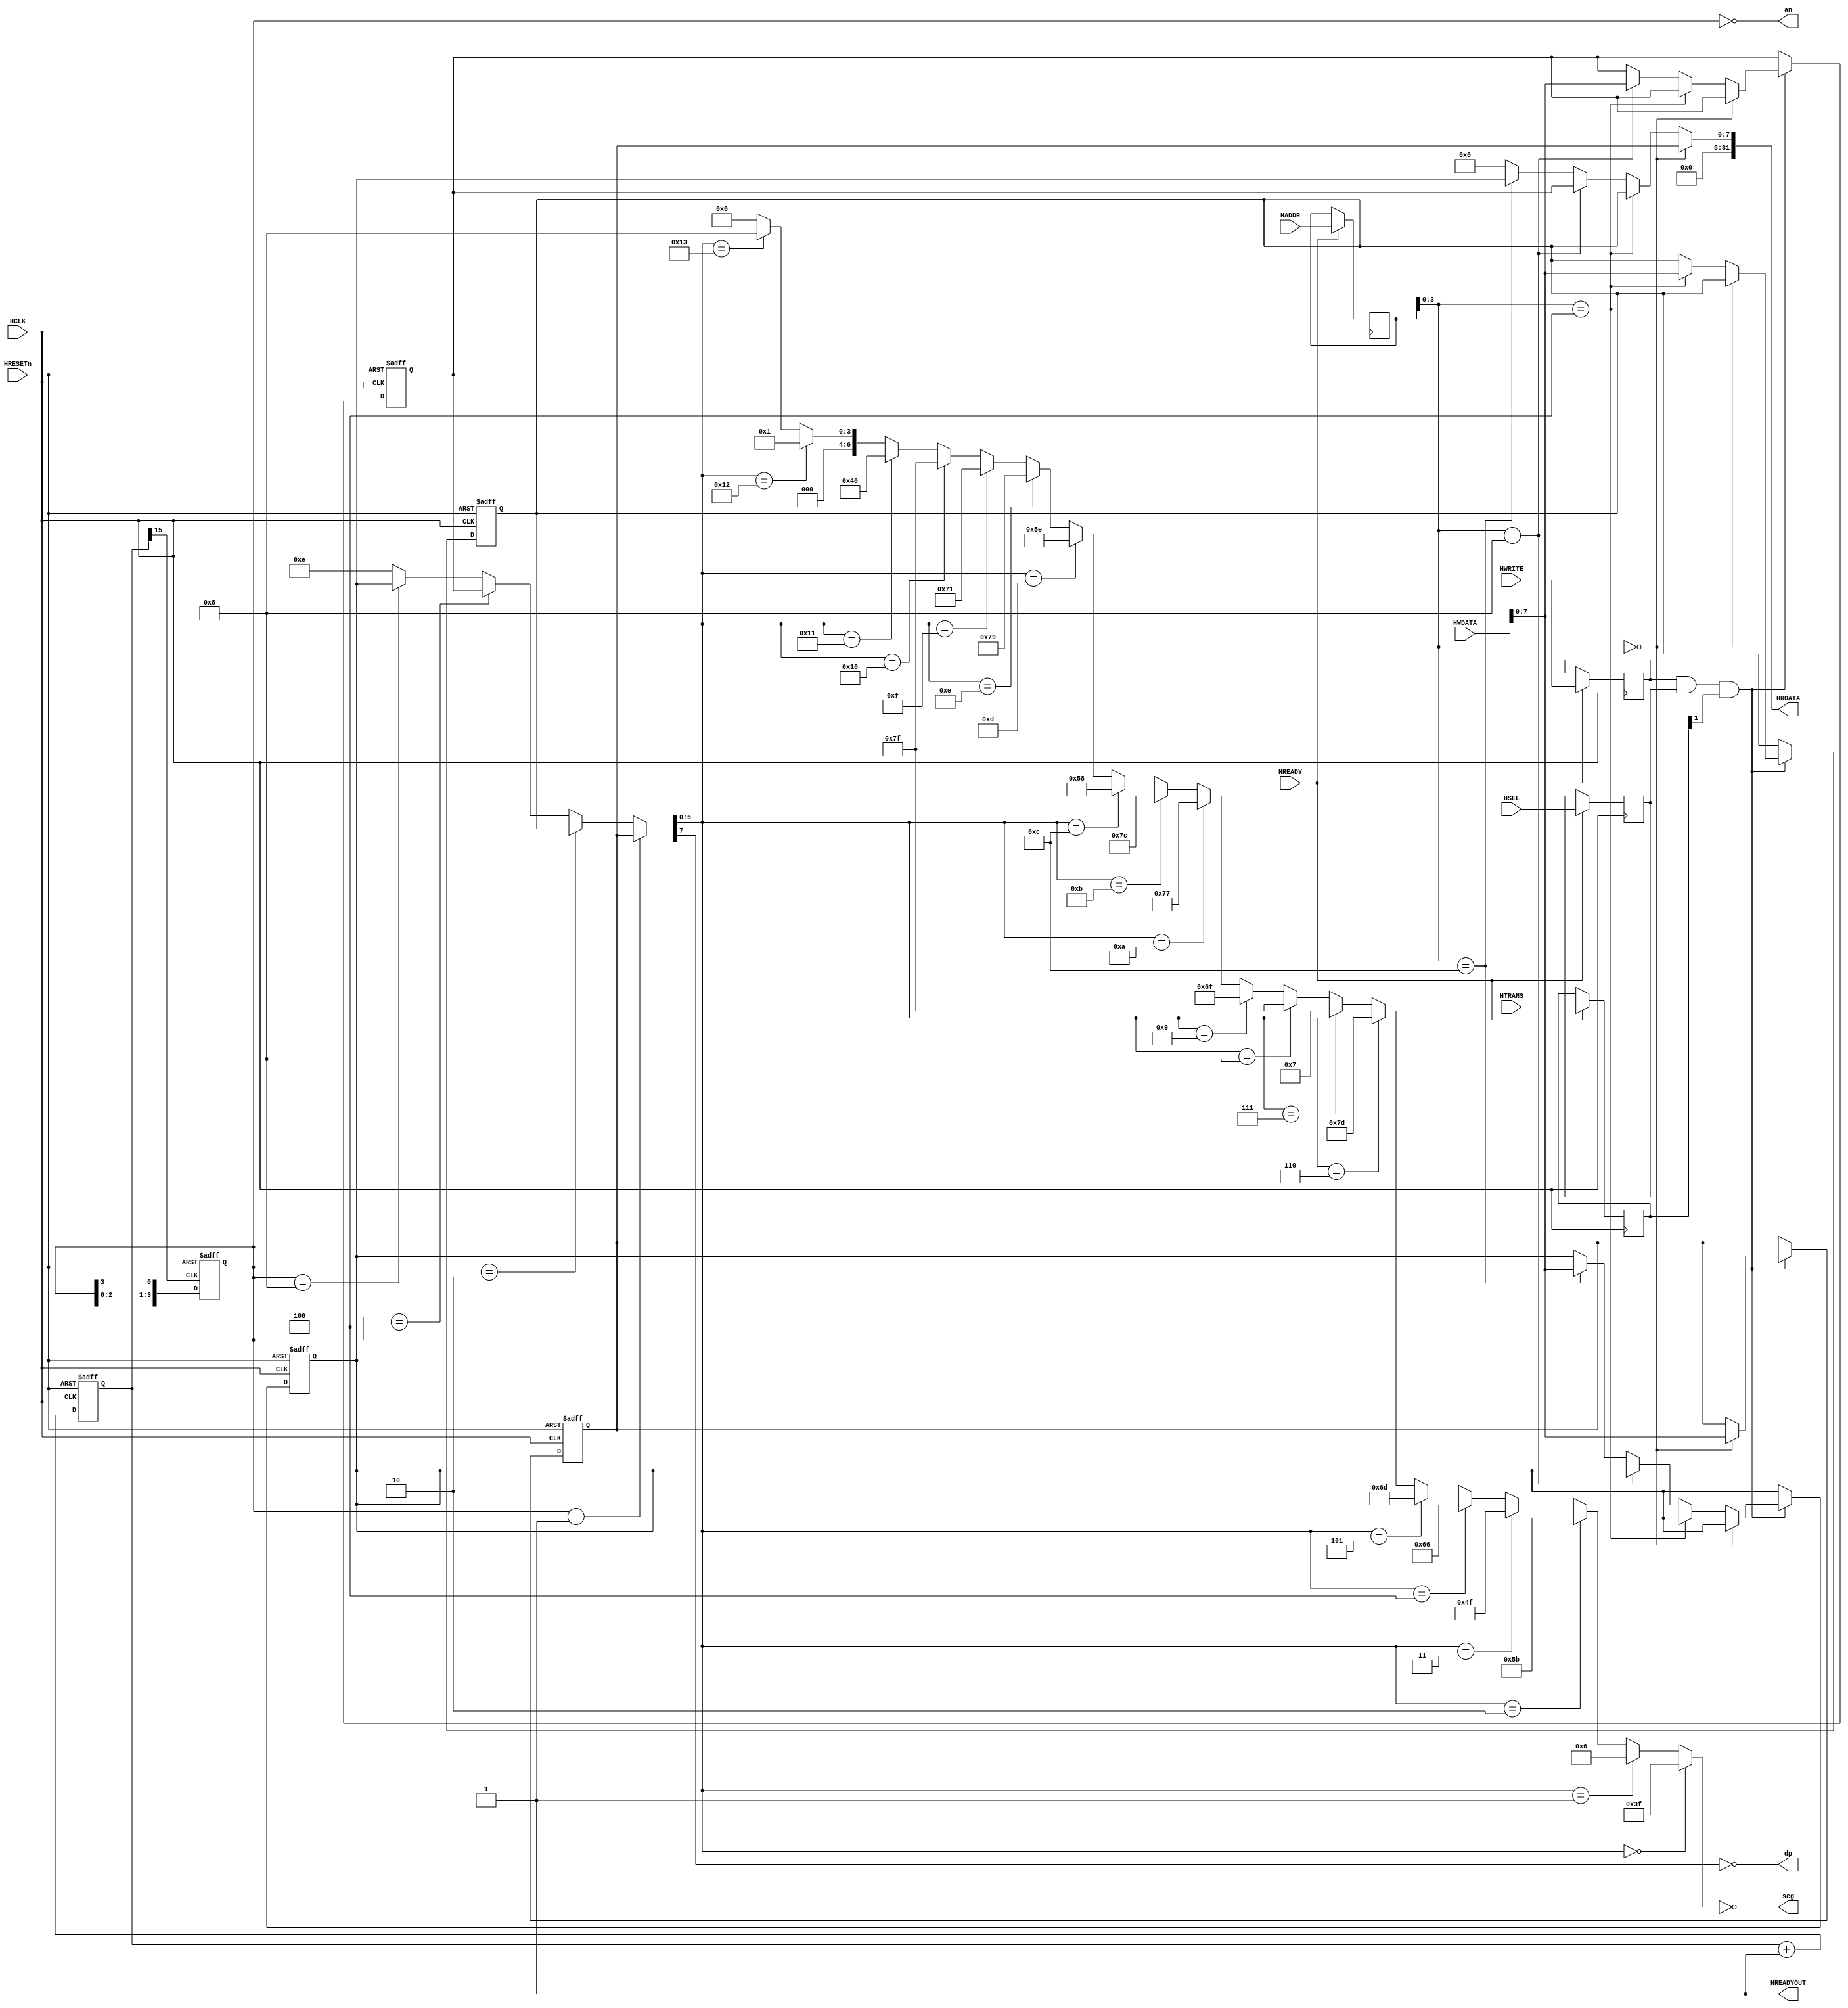
module AHB7SEGDEC(

	//Input
  input wire HCLK,
  input wire HRESETn,
  input wire [31:0] HADDR,
  input wire [31:0] HWDATA,
  input wire [1:0] HTRANS,
  input wire HWRITE,
  input wire HSEL,
  input wire HREADY,
 
	//Output
  output [31:0] HRDATA,
  output HREADYOUT,

	//7segment displa
  output [6:0] seg,
  output [3:0] an,
  output dp
  );

  localparam [3:0] DIGIT1_ADDR = 4'h0;
  localparam [3:0] DIGIT2_ADDR = 4'h4;
  localparam [3:0] DIGIT3_ADDR = 4'h8;
  localparam [3:0] DIGIT4_ADDR = 4'hC;


  reg last_HWRITE;
  reg [31:0] last_HADDR;
  reg last_HSEL;
  reg [1:0] last_HTRANS;

  reg [7:0] DIGIT1 = 8'hA;
  reg [7:0] DIGIT2 = 8'hB;
  reg [7:0] DIGIT3 = 8'hC; 
  reg [7:0] DIGIT4 = 8'hD;

  assign HREADYOUT = 1'b1; //Always ready

  always @(posedge HCLK)
    if(HREADY)
      begin
        last_HWRITE <= HWRITE;
        last_HSEL <= HSEL;
        last_HADDR <= HADDR;
        last_HTRANS <= HTRANS;
      end

  always @(posedge HCLK, negedge HRESETn)
  begin
    if(!HRESETn)
	 begin
      DIGIT1 <= 7'b0_0101;
		DIGIT2 <= 7'b0_1110;
		DIGIT3 <= 7'b0_0000;
		DIGIT4 <= 7'b0_0001;
	 end
    else if(last_HWRITE & last_HSEL & last_HTRANS[1])
	 begin
		if(last_HADDR[3:0] == DIGIT1_ADDR)
        	DIGIT1 <= HWDATA[7:0];
		else if(last_HADDR[3:0] == DIGIT2_ADDR)
			DIGIT2 <= HWDATA[7:0];
		else if(last_HADDR[3:0] == DIGIT3_ADDR)
			DIGIT3 <= HWDATA[7:0];
		else if(last_HADDR[3:0] == DIGIT4_ADDR)
			DIGIT4 <= HWDATA[7:0];
	 end
	end
	 
  assign HRDATA = (last_HADDR[3:0] == DIGIT1_ADDR) ? {24'h000_0000,DIGIT1} :
                  (last_HADDR[3:0] == DIGIT2_ADDR) ? {24'h000_0000,DIGIT2} :
                  (last_HADDR[3:0] == DIGIT3_ADDR) ? {24'h000_0000,DIGIT3} :
                  (last_HADDR[3:0] == DIGIT4_ADDR) ? {24'h000_0000,DIGIT4} :
                   32'h0000_0000;


  reg [31:0] counter;
  reg [3:0] ring = 4'b0001;

  wire [7:0] code;
  wire [6:0] seg_out;
  assign seg = ~seg_out;
  assign an = ~ring;

  always @(posedge HCLK or negedge HRESETn)
  begin
	if(!HRESETn)
		counter <= 32'h0000_0000;
	else
		counter <= counter + 1'b1;
  end

  always @(posedge counter[15] or negedge HRESETn)
  begin
	if(!HRESETn)
		ring <= 4'b0001;
	else
		ring <= {ring[2:0],ring[3]};
  end

  assign code =
	(ring == 4'b0001) ? DIGIT1[7:0] :
	(ring == 4'b0010) ? DIGIT2[7:0] :
	(ring == 4'b0100) ? DIGIT3[7:0] :
	(ring == 4'b1000) ? DIGIT4[7:0] :
		4'b1_1110;
		
	assign dp = ~code[7];

parameter A      = 7'b0000001;
parameter B      = 7'b0000010;
parameter C      = 7'b0000100;
parameter D      = 7'b0001000;
parameter E      = 7'b0010000;
parameter F      = 7'b0100000;
parameter G      = 7'b1000000;

assign seg_out =
    (code[6:0] == 7'h0) ? A|B|C|D|E|F :
    (code[6:0] == 7'h1) ? B|C :
    (code[6:0] == 7'h2) ? A|B|G|E|D :
    (code[6:0] == 7'h3) ? A|B|C|D|G :

    (code[6:0] == 7'h4) ? F|B|G|C :
    (code[6:0] == 7'h5) ? A|F|G|C|D : 
    (code[6:0] == 7'h6) ? A|F|G|C|D|E :
    (code[6:0] == 7'h7) ? A|B|C :

    (code[6:0] == 7'h8) ? A|B|C|D|E|F|G :
    (code[6:0] == 7'h9) ? A|B|C|D|F|G :
    (code[6:0] == 7'ha) ? A|F|B|G|E|C :
    (code[6:0] == 7'hb) ? F|G|C|D|E :

    (code[6:0] == 7'hc) ? G|E|D :
    (code[6:0] == 7'hd) ? B|C|G|E|D :
    (code[6:0] == 7'he) ? A|F|G|E|D :
    (code[6:0] == 7'hf) ? A|F|G|E :
    (code[6:0] == 7'hf) ? A|F|G|E :
    (code[6:0] == 7'h10) ? A|B|C|D|E|F|G :		
    (code[6:0] == 7'h11) ? G :				
    (code[6:0] == 7'h12) ? A :				
    (code[6:0] == 7'h13) ? D :				
        7'b000_0000;

endmodule